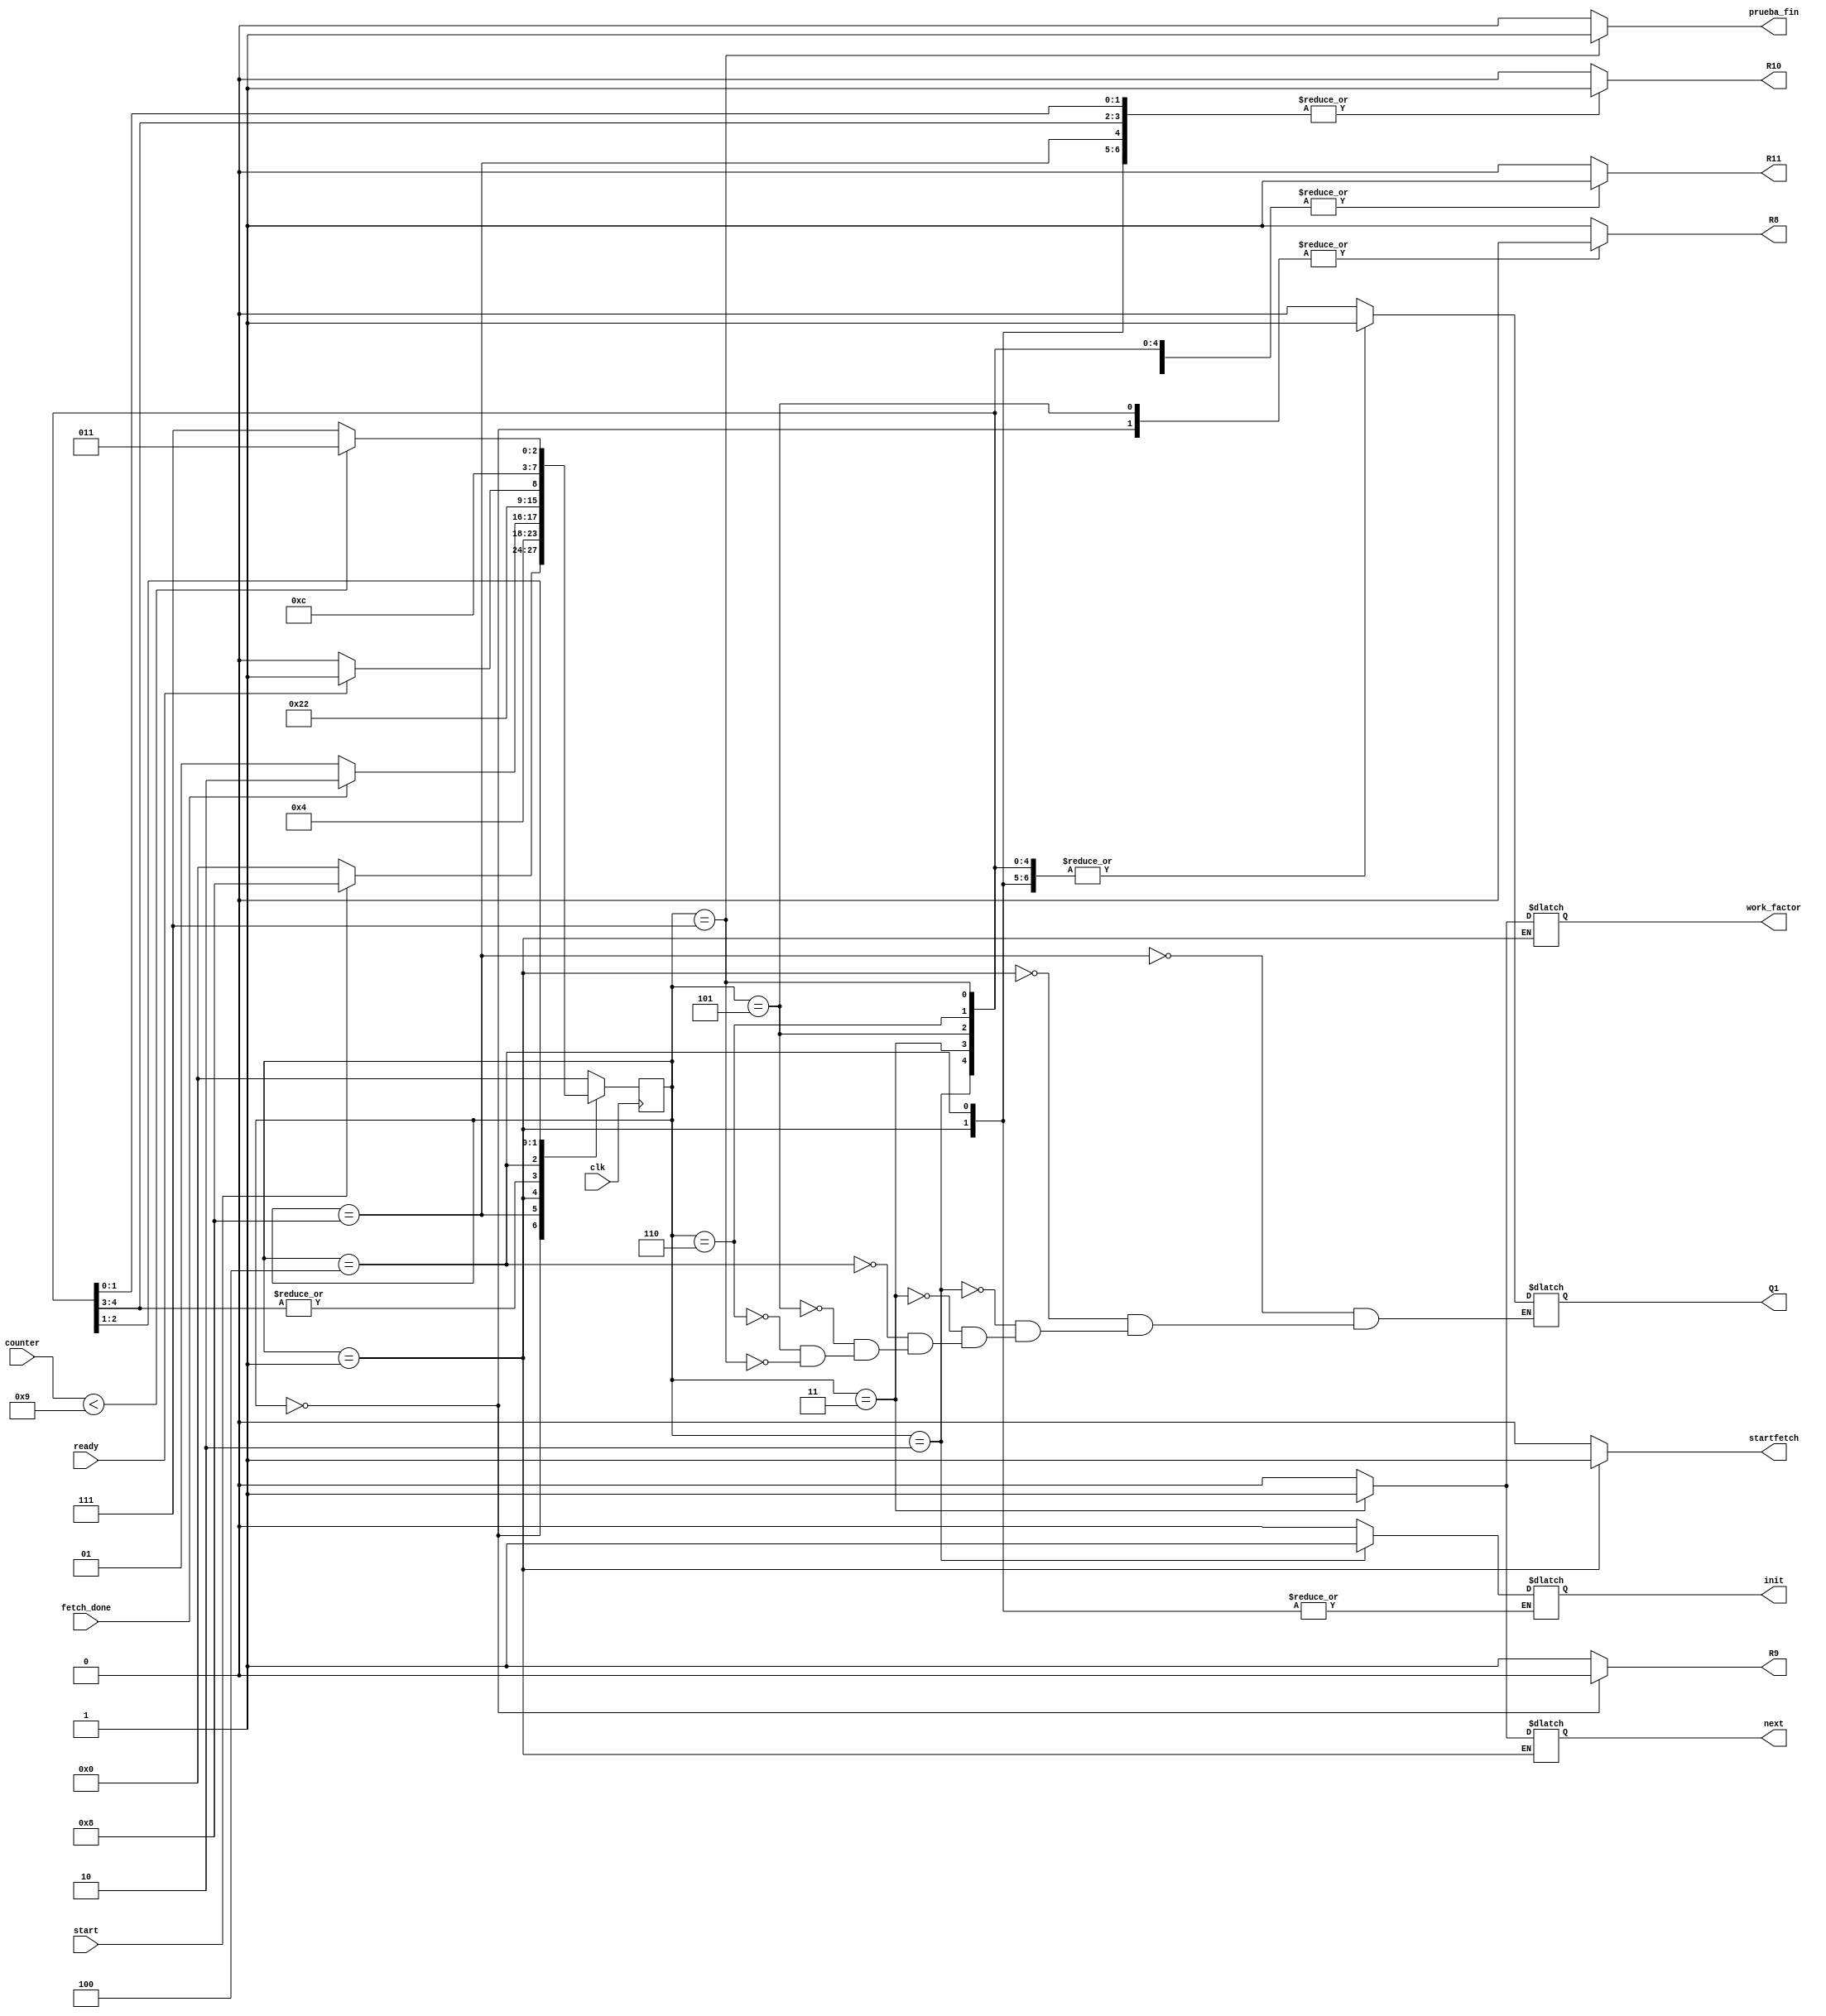
`timescale 1ns / 1ps
//////////////////////////////////////////////////////////////////////////////////
// Company: 
// Engineer: 
// 
// Design Name: 
// Module Name: Hashgen_FSM
// Project Name: 
// Target Devices: 
// Tool Versions: 
// Description: 
// 
// Dependencies: 
// 
// Revision:
// Revision 0.01 - File Created
// Additional Comments:
// 
//////////////////////////////////////////////////////////////////////////////////


module Hashgen_FSM(
    input clk, start,
    input ready,
    input [4:0]counter,
    input fetch_done,
    output reg startfetch, next, init, work_factor,
    output reg Q1, R8, R9, R10, R11,
    output reg prueba_fin
    );
    
    parameter Inicio1  = 4'b0000;
    parameter Inicio2  = 4'b1000;    
    parameter fetchdata  = 4'b0001;
    parameter hash_st=4'b0010;
    parameter hash_chb=4'b0011;
    parameter hash_done=4'b0100;
    parameter hash_sum=4'b0101;
    parameter comp_bn=4'b0110;
    parameter salida = 4'b0111;


    reg [3:0] presente = Inicio1; // Registro de Estado - Valor inicial
    reg [3:0] futuro;            // Entrada del registro de Estado

    // Registro de estado 
    always @(posedge clk)
        presente <= futuro;

    // Lgica del estado siguiente
    always @(presente,  fetch_done, counter, ready, start)
        case (presente)
            Inicio1:
                if(start)
                    futuro <= Inicio2;            
                else
                    futuro <= Inicio1;
            Inicio2:
                futuro <= fetchdata;
            fetchdata:
                if(fetch_done)
                    futuro <= hash_st;
                else
                    futuro <= fetchdata;
            hash_st:
                futuro <= hash_done;
            hash_chb:
                futuro <= hash_done;
            hash_done:
                if(ready)
                    futuro <= hash_sum;
                else
                    futuro <= hash_done;
            hash_sum:
                futuro <= comp_bn;
            comp_bn:
                if(counter<(9))
                    futuro <= hash_chb;
                else
                    futuro <= salida;
            salida:
                futuro <= Inicio1;
            default:
                futuro <= Inicio1;
        endcase
    
    // Lgica de salida
    always @(presente)
        case (presente)
            Inicio1 : begin
                R8<= 1'b0;
                R9<= 1'b0;
                R10<= 1'b0;
                R11<= 1'b0;
                next<= 1'b0;
                init<= 1'b0;
                work_factor<= 1'b0;
                Q1<=Q1;
                startfetch <= 1'b0;
                prueba_fin <= 1'b0;
            end
            Inicio2:begin
               R8<= 1'b1;
                R9<= 1'b1;
                R10<= 1'b1;
                R11<= 1'b1;
                next<= 1'b0;
                init<= 1'b0;
                work_factor<= 1'b0;
                Q1<=1'b0;
                startfetch <= 1'b0;
                prueba_fin <= 1'b0;
            end
                             
            fetchdata: begin
                R8<= 1'b1;
                R9<= 1'b1;
                R10<= 1'b1;
                R11<= 1'b1;
                next<= next;
                init<=init;
                work_factor<= work_factor;
                Q1<=1'b1;
                startfetch <= 1'b1;
                prueba_fin <= 1'b0;
            end
            hash_st: begin
                R8<= 1'b1;
                R9<= 1'b1;
                R10<= 1'b1;
                R11<= 1'b1;
                next<= 1'b0;
                init<= 1'b1;
                work_factor<= 1'b0;
                Q1<=1'b1;
               startfetch <= 1'b0;
               prueba_fin <= 1'b0;
            end
            hash_chb: begin
                R8<= 1'b1;
                R9<= 1'b1;
                R10<= 1'b1;
                R11<= 1'b1;
                next<= 1'b1;
                init<= 1'b0;
                work_factor<= 1'b1;
                Q1<=1'b1;
               startfetch <= 1'b0;
               prueba_fin <= 1'b0;
            end
            hash_done: begin
                R8<= 1'b1;
                R9<= 1'b1;
                R10<= 1'b1;
                R11<= 1'b1;
                next<= 1'b0;
                init<= init;
                work_factor<= 1'b0;
                Q1<=1'b1;
               startfetch <= 1'b0;
               prueba_fin <= 1'b0;
            end
            hash_sum: begin
                R8<= 1'b0;
                R9<= 1'b1;
                R10<= 1'b0;
                R11<= 1'b1;
                next<= 1'b0;
                init<= 1'b0;
                work_factor<= 1'b0;
                Q1<=1'b1;
               startfetch <= 1'b0;
               prueba_fin <= 1'b0;
            end
            comp_bn: begin
                R8<= 1'b1;
                R9<= 1'b1;
                R10<= 1'b1;
                R11<= 1'b1;
                next<= 1'b0;
                init<= 1'b0;
                work_factor<= 1'b0;
               Q1<=1'b1;
               startfetch <= 1'b0;
               prueba_fin <= 1'b0;
            end
            salida: begin
                R8<= 1'b1;
                R9<= 1'b1;
                R10<= 1'b1;
                R11<= 1'b1;
                next<= 1'b0;
                init<= 1'b0;
                work_factor<= 1'b0; 
               Q1<=1'b1;
               startfetch <= 1'b0;
               prueba_fin <= 1'b1;
            end
            default: begin 
                R8<= 1'b1;
                R9<= 1'b1;
                R10<= 1'b0;
                R11<= 1'b0;
                next<= 1'b0;
                init<= 1'b0;
                work_factor<= 1'b0;
                Q1<=Q1;
                startfetch <= 1'b0;
                prueba_fin <= 1'b0;
            end
      endcase

endmodule